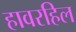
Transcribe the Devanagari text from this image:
हावरहिल